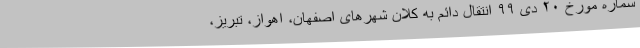
شماره مورخ ۲۰ دی ۹۹ انتقال دائم به کلان شهرهای اصفهان، اهواز، تبریز،